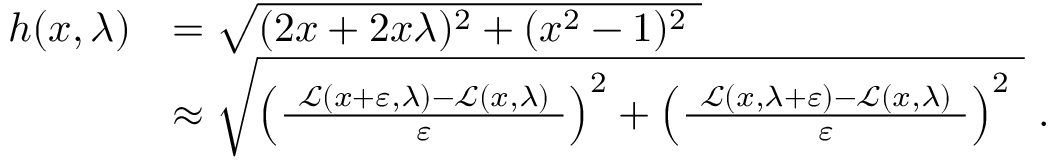
{ \begin{array} { r l } { h ( x , \lambda ) } & { = { \sqrt { ( 2 x + 2 x \lambda ) ^ { 2 } + ( x ^ { 2 } - 1 ) ^ { 2 } \ } } } \\ & { \approx { \sqrt { \left( { \frac { \ { \mathcal { L } } ( x + \varepsilon , \lambda ) - { \mathcal { L } } ( x , \lambda ) \ } { \varepsilon } } \right) ^ { 2 } + \left( { \frac { \ { \mathcal { L } } ( x , \lambda + \varepsilon ) - { \mathcal { L } } ( x , \lambda ) \ } { \varepsilon } } \right) ^ { 2 } \ } } ~ . } \end{array} }